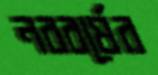
নববর্ষের